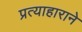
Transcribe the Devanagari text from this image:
प्रत्याहाराने